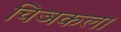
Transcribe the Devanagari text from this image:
चिञकला